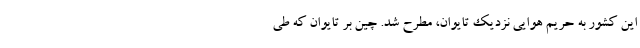
این کشور به حریم هوایی نزدیک تایوان، مطرح شد. چین بر تایوان که طی